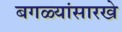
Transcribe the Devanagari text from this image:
बगळ्यांसारखे